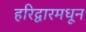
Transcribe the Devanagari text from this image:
हरिद्वारमधून